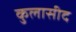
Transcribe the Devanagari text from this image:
कुलासीद